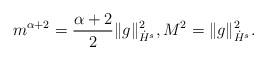
LaTeX: \begin{align*}m^{\alpha+2} = \frac{\alpha+2}{2} \|g\|^2_{\dot{H}^s}, M^2 = \|g\|^2_{\dot{H}^s}. \end{align*}